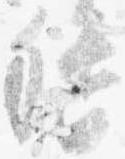
督